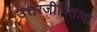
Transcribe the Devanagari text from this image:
उत्तरजीविताक